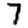
Digit: 7